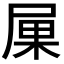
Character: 𡱼